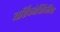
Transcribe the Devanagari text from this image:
बर्हिकोशिकीय